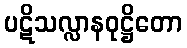
ပဋိသလ္လာနဝုဋ္ဌိတော